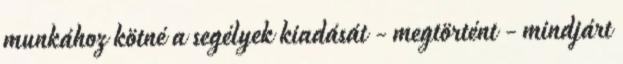
munkához kötné a segélyek kiadását - megtörtént - mindjárt